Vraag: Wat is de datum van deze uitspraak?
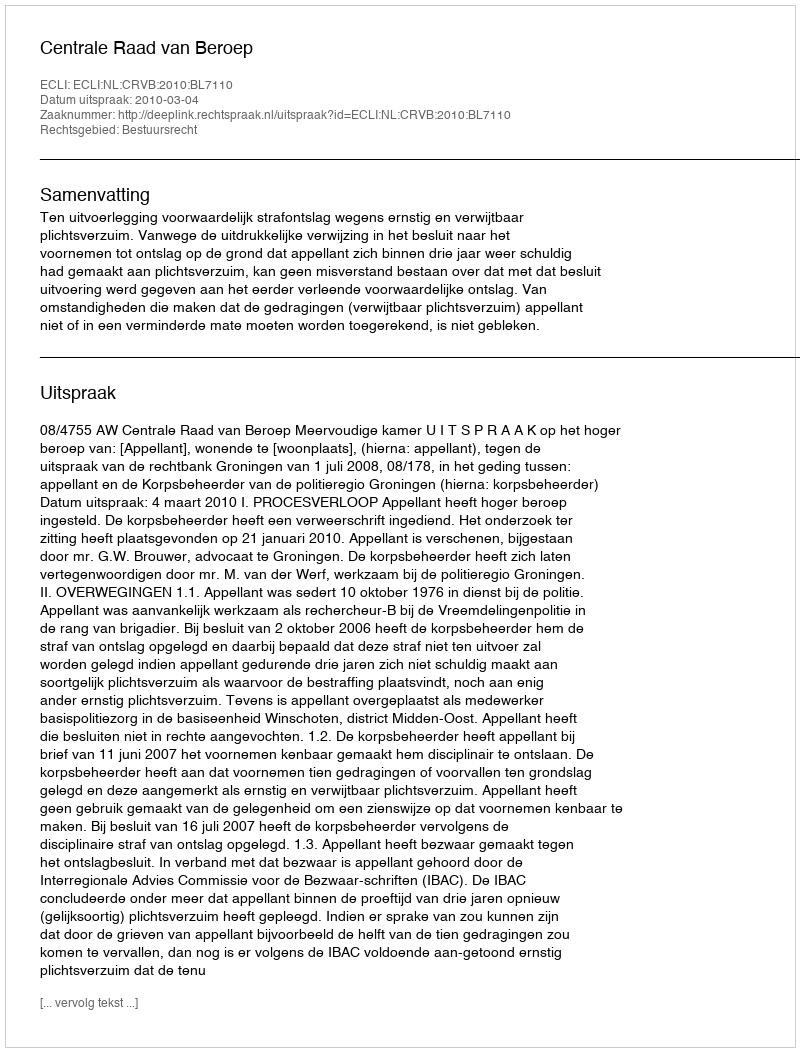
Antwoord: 2010-03-04